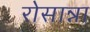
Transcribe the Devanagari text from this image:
रोसान्ना